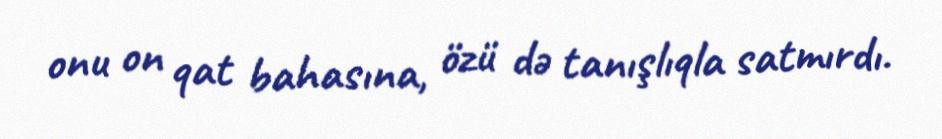
onu on qat bahasına, özü də tanışlıqla satmırdı.